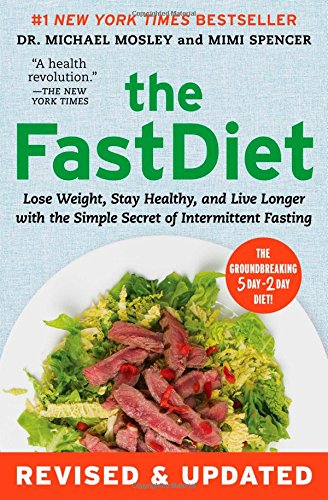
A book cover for The FastDiet - Revised & Updated: Lose Weight, Stay Healthy, and Live Longer with the Simple Secret of Intermittent Fasting; Michael Mosley; Health, Fitness & Dieting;